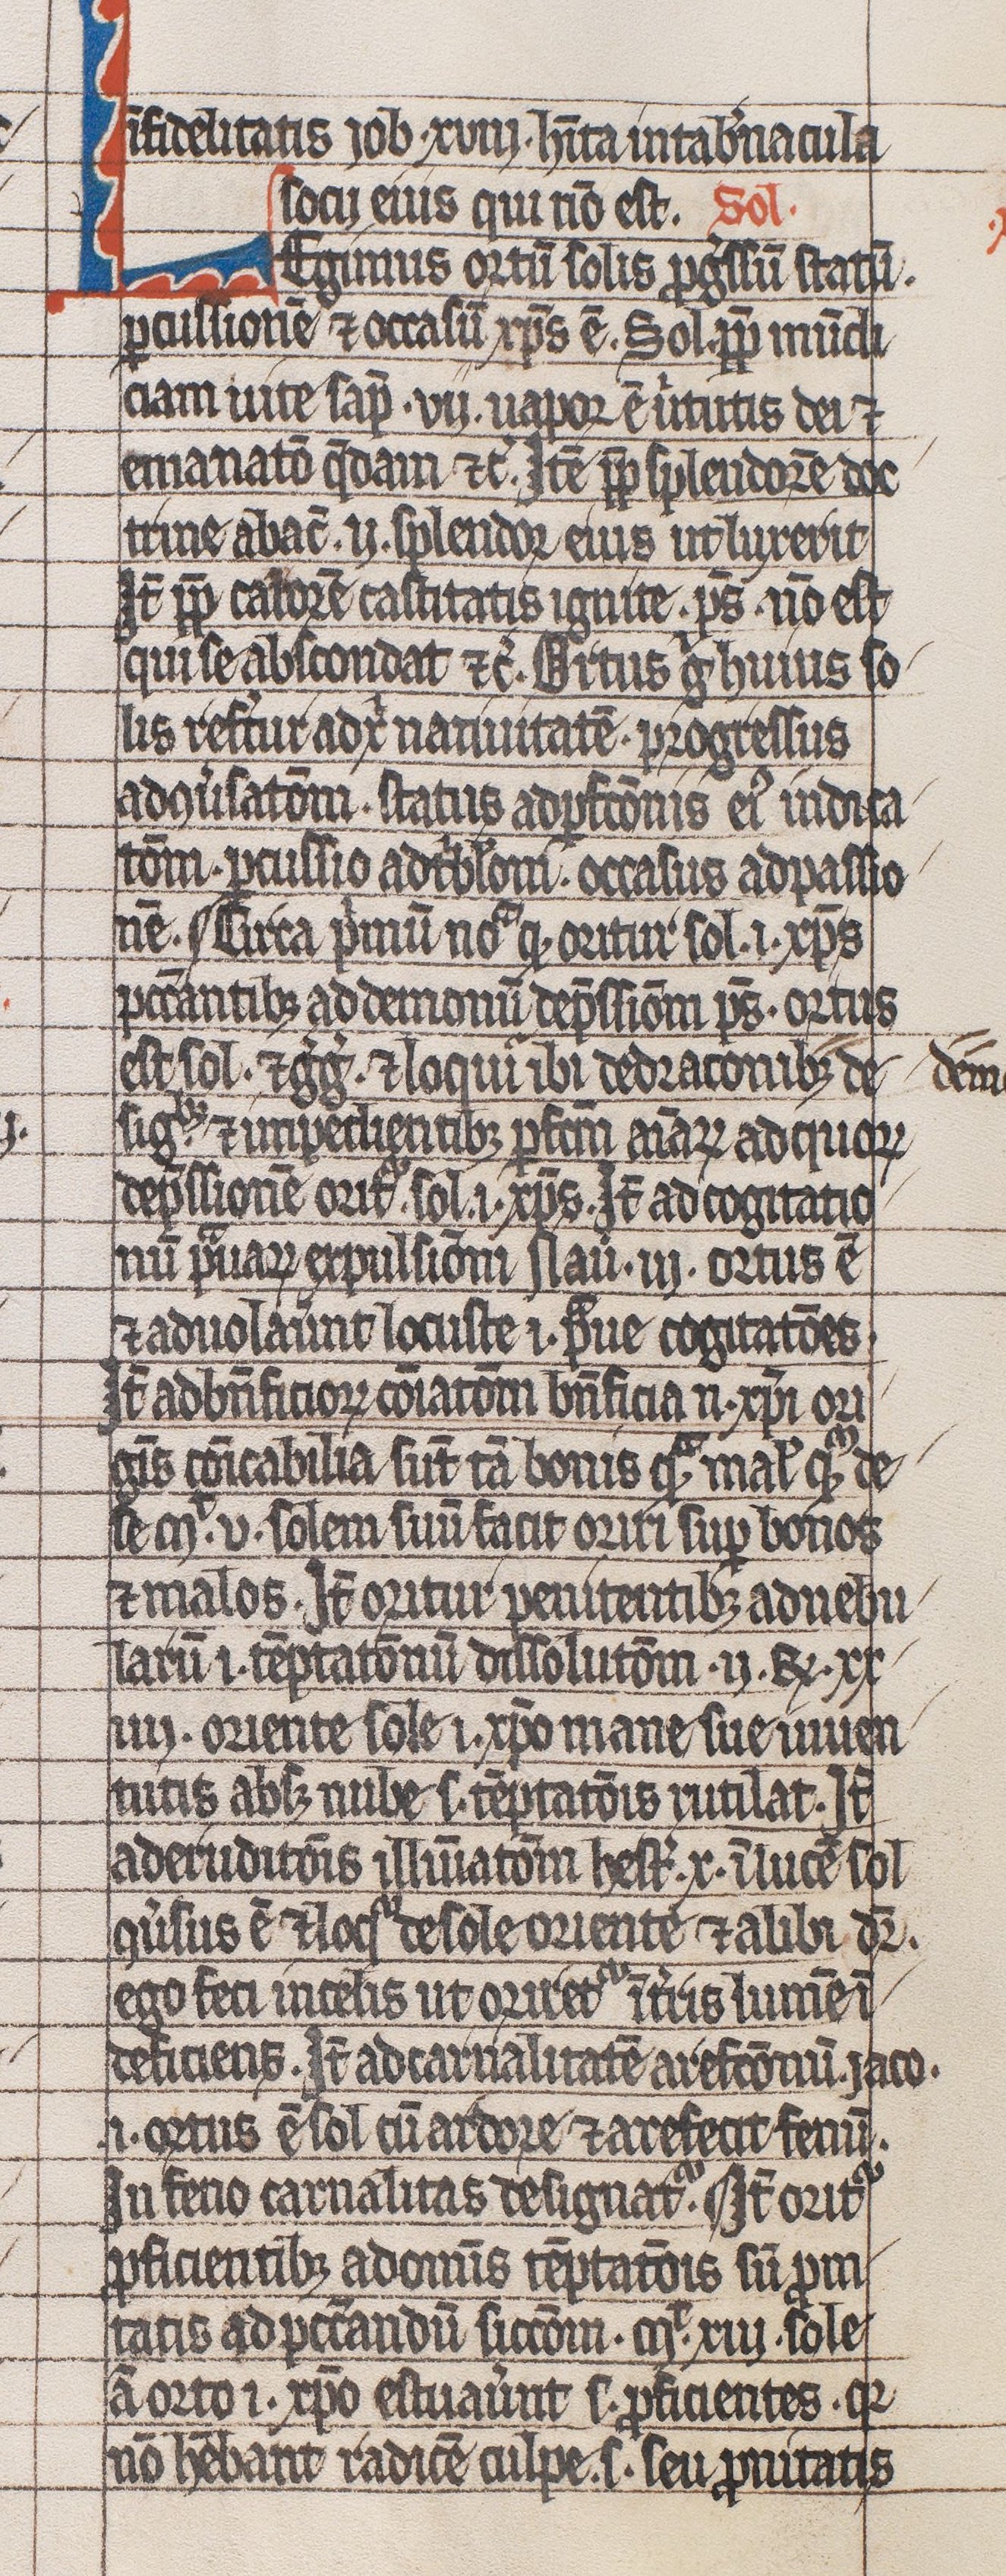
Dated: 1300–1399